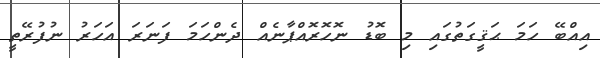
އިއްބޭ ހަމަ ޙަޤީގަތުގައި މި ބޮޑު ނޮހޮރޮއްޕާނެއް ދެންހަމަ ފަނަރަ އަހަރު ނުފުރޭތީ